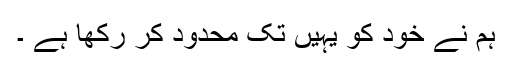
ہم نے خود کو یہیں تک محدود کر رکھا ہے ۔